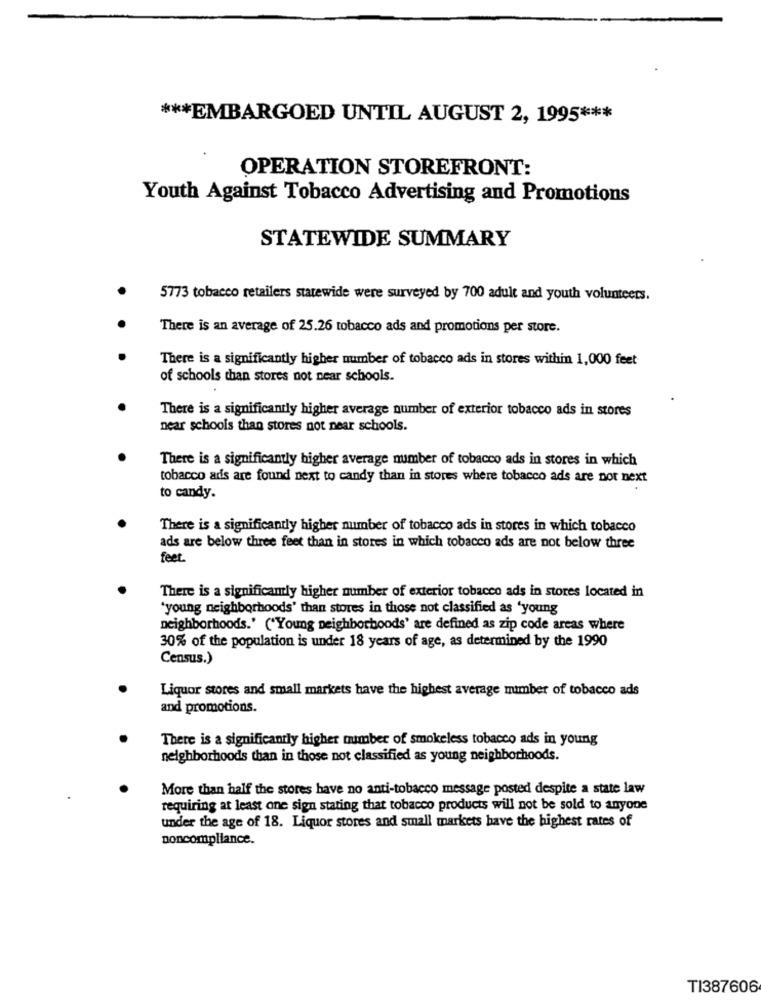
*** EMBARGOED UNTIL AUGUST 2, 1995 ***
OPERATION STOREFRONT:
Youth Against Tobacco Advertising and Promotions
STATEWIDE SUMMARY
5773 tobacco retailers statewide were surveyed by 700 adult and youth volunteers.
There is an average of 25.26 tobacco ads and promotions per store.
There is a significantly higher number of tobacco ads in stores within 1,000 feet
of schools than stores not near schools.
There is a significantly higher average number of exterior tobacco ads in stores
near schools than stores not near schools.
There is a significantly higher average number of tobacco ads in stores in which
tobacco ads are found next to candy than in stores where tobacco ads are not next
to candy.
There is a significantly higher number of tobacco ads in stores in which tobacco
ads are below three feet than in stores in which tobacco ads are not below three
feet.
There is a significantly higher number of exterior tobacco ads in stores located in
"young neighborhoods' than stores in those not classified as 'young
neighborhoods.' ("Young neighborhoods' are defined as zip code areas where
30% of the population is under 18 years of age, as determined by the 1990
Census.)
Liquor stores and small markets have the highest average mimber of tobacco ads
and promotions.
There is a significantly higher number of smokeless tobacco ads in young
neighborhoods than in those not classified as young neighborhoods.
More than half the stores have no anti-tobacco message posted despite a state law
requiring at least one sign stating that tobacco products will not be sold to anyone
under the age of 18. Liquor stores and small markets have the highest rates of
noncompliance.
TI387606